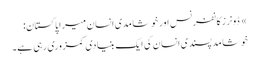
» ڈونرز کانفرنس اور خوشامدی انسان میرا پاکستان:
خوشامد پسندی انسان کی ایک بنیادی کمزوری رہی ہے۔